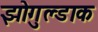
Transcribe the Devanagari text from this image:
झोगुल्डाक